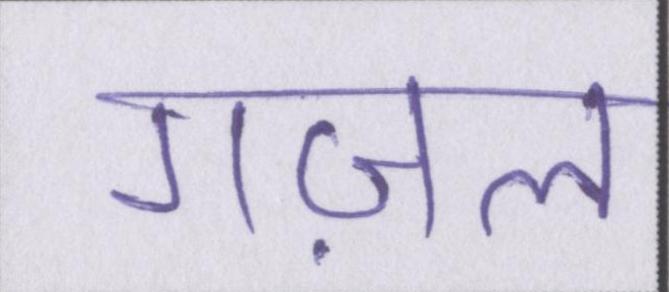
गज़ल